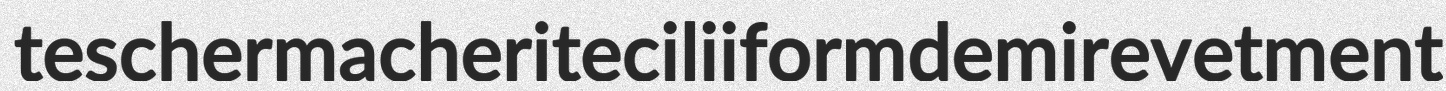
teschermacherite ciliiform demirevetment